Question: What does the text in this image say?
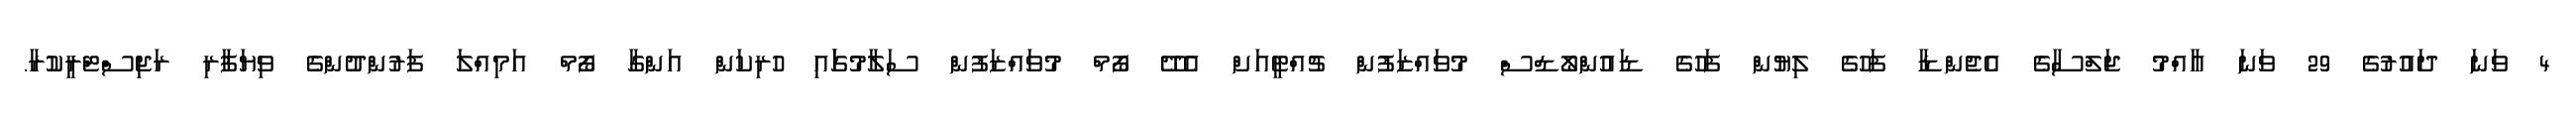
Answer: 4 ވަނަ ދައުރުގެ 29 ވަނަ އާއްމު ޖަލްސާގެ އެޖެންޑާ ފަހުގެ ލިޔުން ފަހުގެ ޑައުންލޯޑްސް މުވައްޒަފުން ޗުއްޓީއަށް އެދޭ ފޯމް މުވައްޒަފުން ސަލާމުގަައި ހުރިކަން އަންގާ ފޯމް އަމިއްލަ ފަރުންދުންގެ ވިޔަފާރި ރަޖިސްޓްރީކުރާ.